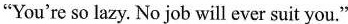
"You're so lazy. No job will ever suit you."